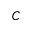
C